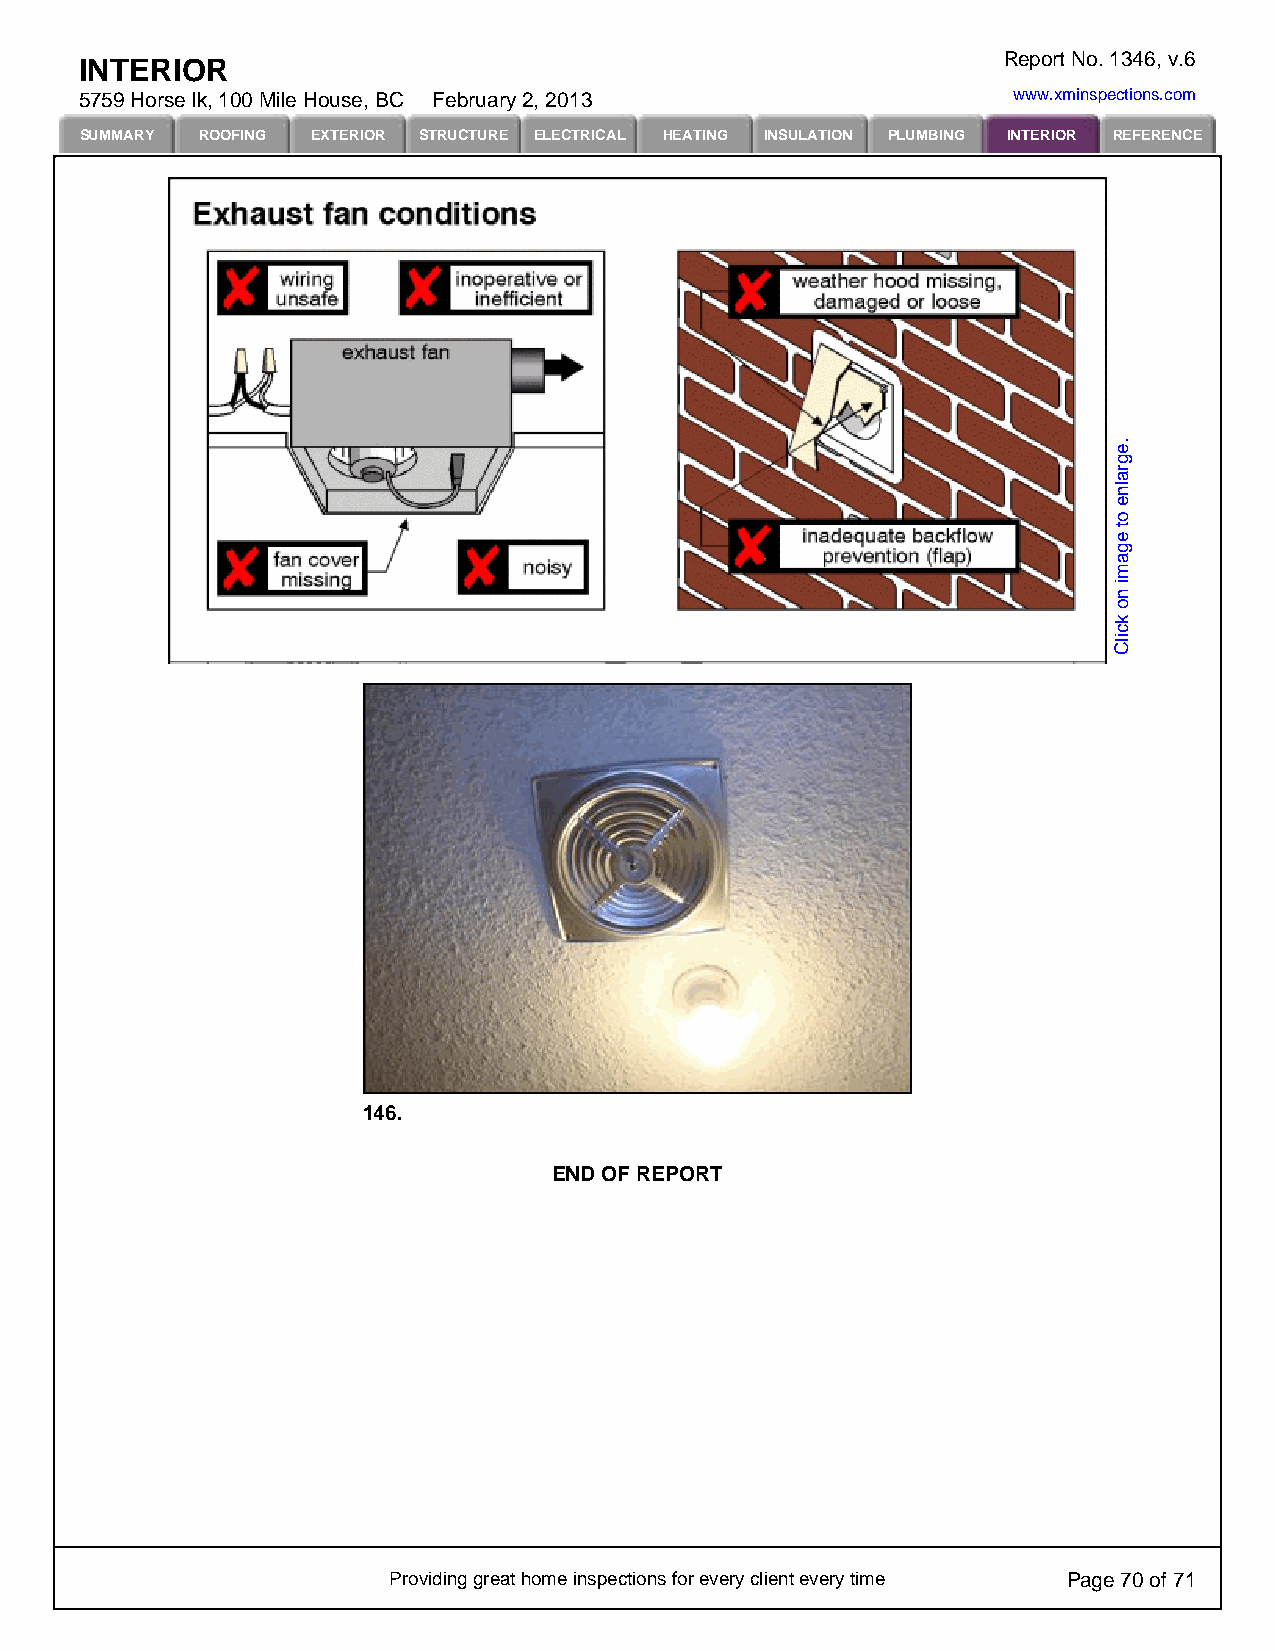
Report No. 1346, v.6
 INTERIOR
 5759 Horse lk, 100 Mile House, BC February 2, 2013            www.xminspections.com
 SUMMARY ROOFING EXTERIOR STRUCTURE ELECTRICAL HEATING INSULATION PLUMBING INTERIOR REFERENCE
 146.
 END OF REPORT
 Providing great home inspections for every client every time Page 70 of 71
 .egralne
 ot
 egami
 no
 kcilC